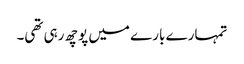
تمہارے بارے میں پوچھ رہی تھی۔